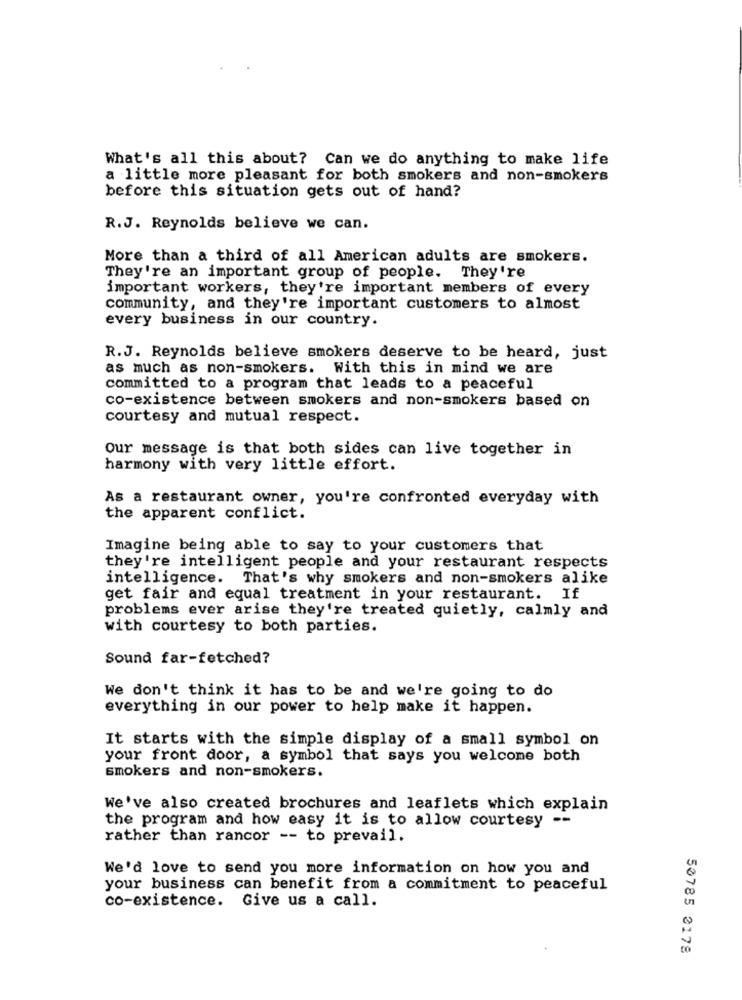
What's all this about? Can we do anything to make life
a little more pleasant for both smokers and non-smokers
before this situation gets out of hand?
R.J. Reynolds believe we can.
More than a third of all American adults are smokers.
They're an important group of people. They're
important workers, they're important members of every
community, and they're important customers to almost
every business in our country.
R.J. Reynolds believe smokers deserve to be heard, just
as much as non-smokers. With this in mind we are
committed to a program that leads to a peaceful
co-existence between smokers and non-smokers based on
courtesy and mutual respect.
Our message is that both sides can live together in
harmony with very little effort.
As a restaurant owner, you're confronted everyday with
the apparent conflict.
Imagine being able to say to your customers that
they're intelligent people and your restaurant respects
intelligence. That's why smokers and non-smokers alike
get fair and equal treatment in your restaurant. If
problems ever arise they're treated quietly, calmly and
with courtesy to both parties.
Sound far-fetched?
We don't think it has to be and we're going to do
everything in our power to help make it happen.
It starts with the simple display of a small symbol on
your front door, a symbol that says you welcome both
smokers and non-smokers.
We've also created brochures and leaflets which explain
the program and how easy it is to allow courtesy --
rather than rancor -- to prevail.
We'd love to send you more information on how you and
your business can benefit from a commitment to peaceful
co-existence. Give us a call.
50785 2178